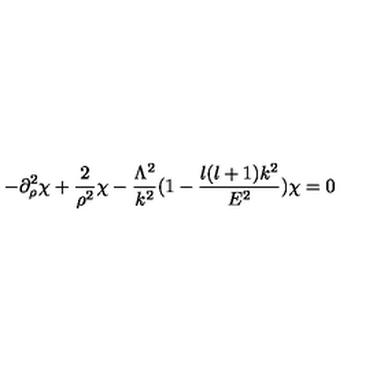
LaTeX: - \partial _ { \rho } ^ { 2 } \chi + \frac { 2 } { \rho ^ { 2 } } \chi - \frac { \Lambda ^ { 2 } } { k ^ { 2 } } ( 1 - \frac { l ( l + 1 ) k ^ { 2 } } { E ^ { 2 } } ) \chi = 0